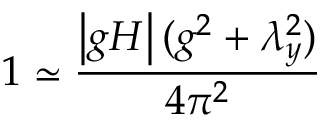
1 \simeq \frac { \left| g H \right| ( g ^ { 2 } + \lambda _ { y } ^ { 2 } ) } { 4 \pi ^ { 2 } }